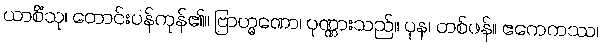
ယာစိံသု၊ တောင်းပန်ကုန်၏။ ဗြာဟ္မဏော၊ ပုဏ္ဏားသည်။ ပုန၊ တစ်ဖန်။ ဧကေကဿ၊